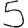
Digit: 5